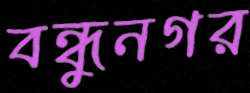
বন্ধুনগর